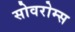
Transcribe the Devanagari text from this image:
सोवरोम्स